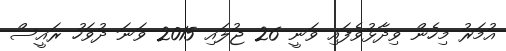
އުމަރު މިހެން ވިދާޅުވެފައި ވަނީ 26 ޖުލައި 2015 ވަނަ ދުވަހު ރައީސް